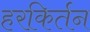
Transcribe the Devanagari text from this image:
हरकिर्तन